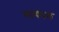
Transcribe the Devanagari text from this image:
सायपल